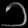
Digit: ၁